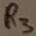
Text: R3